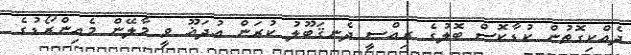
ދެއްކިގޮތުން ކުޑާކޮސް ބޮލުގެ ރިއްސީ ދެނޤަބޫލު ކުރަން އުދަޣޫ ވީ މާލޭން މެއިންރޯޑުގެ